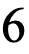
6